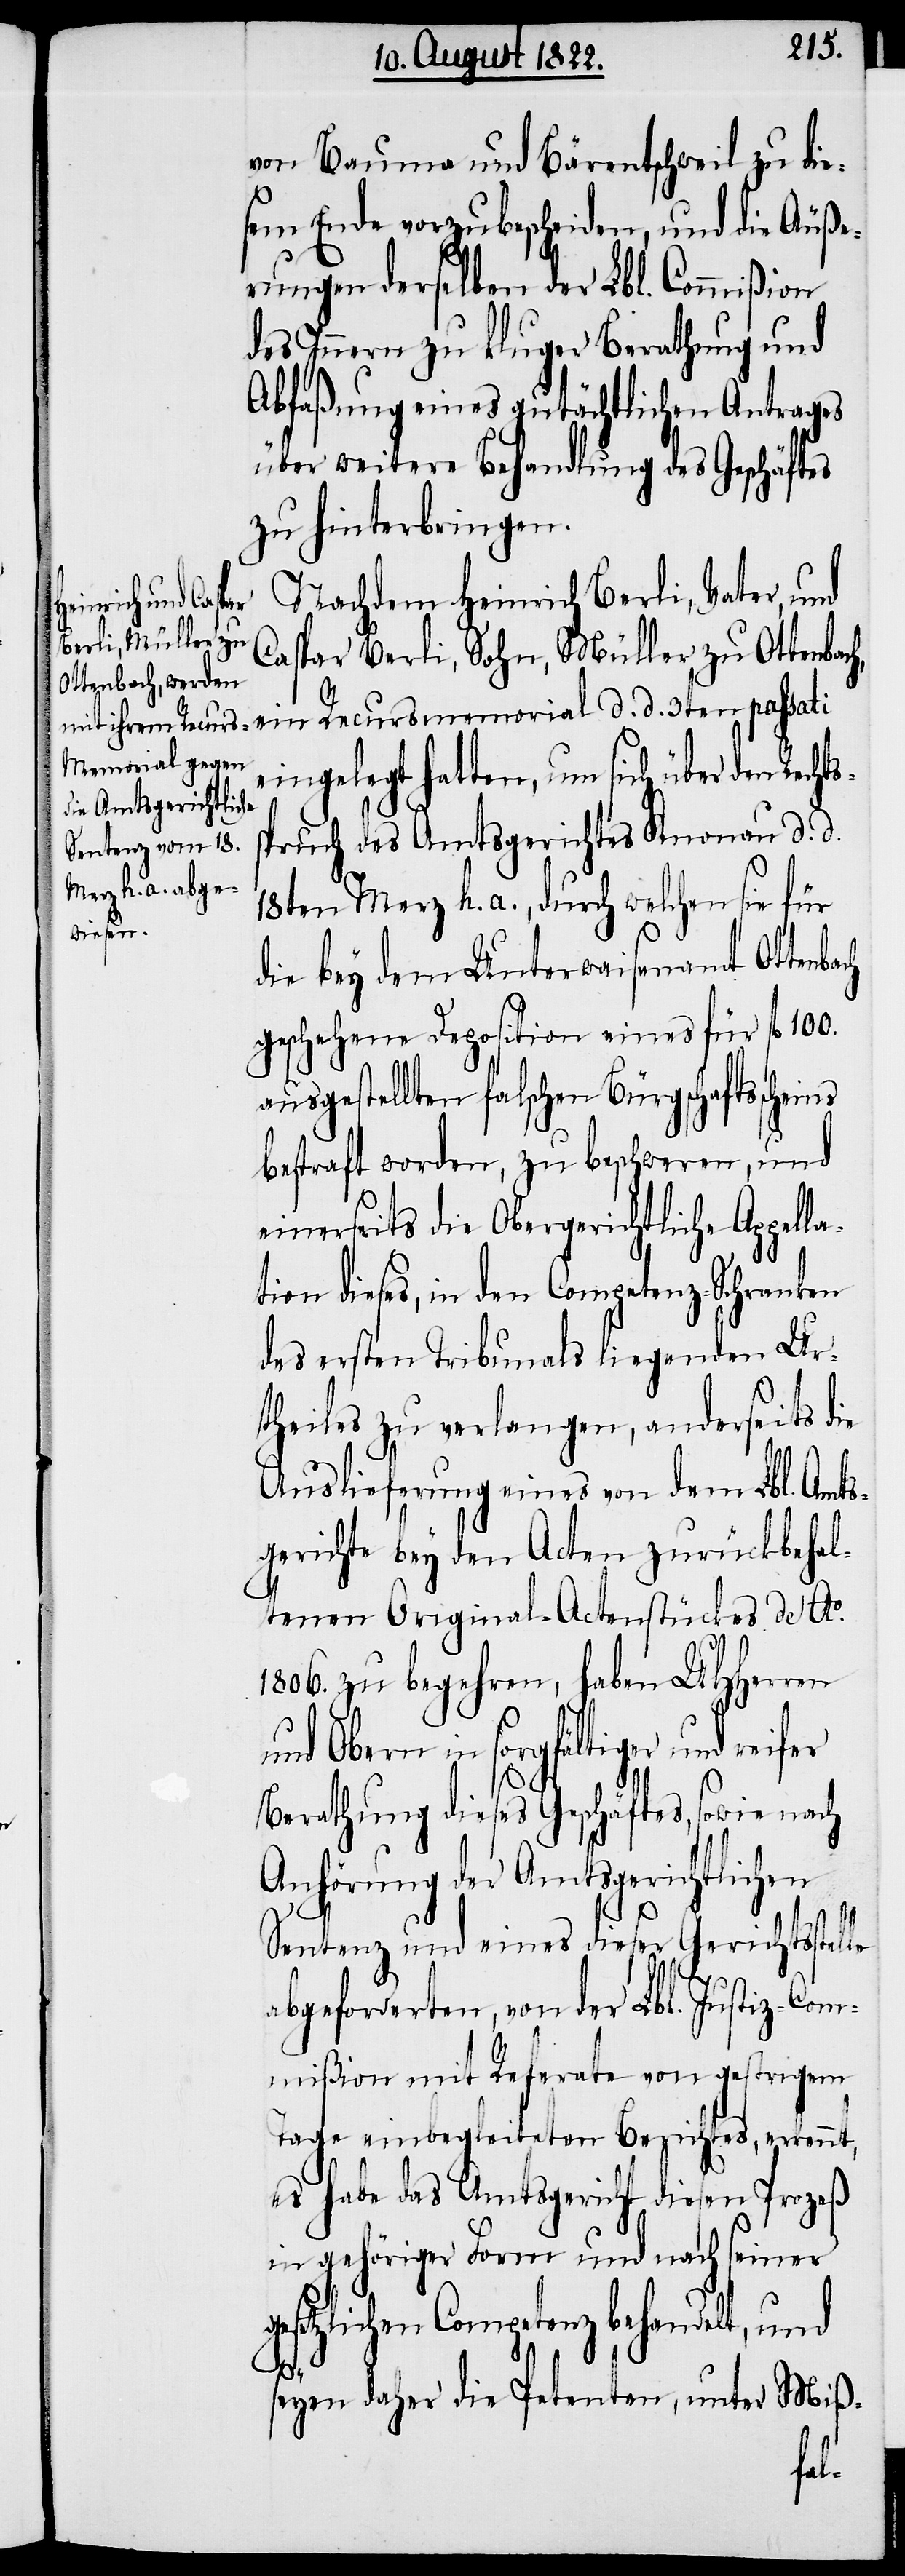
Anh¬
von Bauma und Bärentschweil zu die¬
sem Ende vorzubescheiden, und die Äuße¬
rungen derselben der Lbl. Commißion
des Innern zu kluger Berathung und
Abfaßung eines gutächtlichen Antrages
über weitere Behandlung des Geschäftes
zu hinterbringen.
Nachdem Heinrich Berli, Vater, und
örung dies¬
Caspar Berli, Sohn, Müller zu Ottenbach,
eingelegt hatten, um sich über den Rech¬
spruch des Amtsgerichtes Knonau d. d.
18ten Merz h. a., durch welchen sie für
die bey dem Unterwaisenamt Ottenbach
geschehene Deposition eines für fl. 100.
ausgestellten falschen Bürgschaftsscheins
bestraft worden, zu beschweren, und
einerseits die Obergerichtliche Appel¬
tion dieses, in den Competenz-Schranken
des ersten Tribunals liegenden Ur¬
theiles zu verlangen, anderseits die
Auslieferung eines von dem Lbl. Amts¬
gerichte bey den Acten zurückbehal¬
tenen Original-Actenstückes de Ao.
1806. zu begehren, haben UHHerrn
und Obern in sorgfältiger
Anhörung der Amtsgerichtlichen
Sentenz und eines dieser Gerichtsstelle
abgeforderten, von der Lbl. Justiz-Com¬
mißion mit Referate von gestrigem
Tage einbegleiteten Berichtes, erkennt,
es habe das Amtsgericht diesen Prozeß
in gehöriger Form und nach seiner
esetzlichen Competenz behandelt, und
g¬
seyen daher die Petenten, unter Miß-
la¬